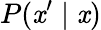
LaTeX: P(\mathit{x}^{\prime}\mid\mathit{x})